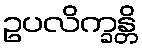
ဥပလိက္ခန္တိ